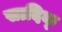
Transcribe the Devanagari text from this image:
सादिक्